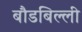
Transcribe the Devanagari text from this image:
बौडबिल्ली